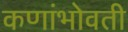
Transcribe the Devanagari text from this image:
कणांभोवती